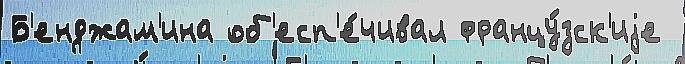
Б'енджам'ина об'есп'е́чивал францу́зск'иjе